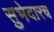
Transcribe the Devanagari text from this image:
सुभेदारच